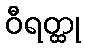
ဝီရတ္ထု